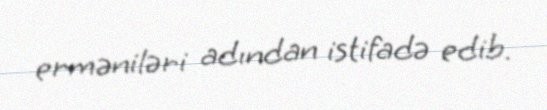
erməniləri adından istifadə edib.